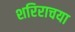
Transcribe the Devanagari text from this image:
शरिराचया